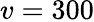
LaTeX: v=300